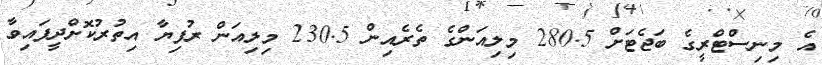
އެ މިނިސްޓްރީގެ ބަޖެޓަށް 280.5 މިލިއަންގެ ތެރެއިން 230.5 މިލިއަން ރުފިޔާ އިތުރުކޮށްދީފައިވާ